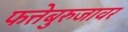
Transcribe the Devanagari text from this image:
फत्तेबुरुजावर